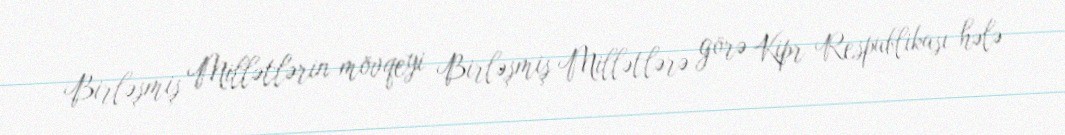
Birləşmiş Millətlərin mövqeyi Birləşmiş Millətlərə görə Kipr Respublikası hələ